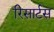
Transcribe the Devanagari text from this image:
रिसार्टस